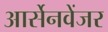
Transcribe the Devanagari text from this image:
आर्सेनवेंजर